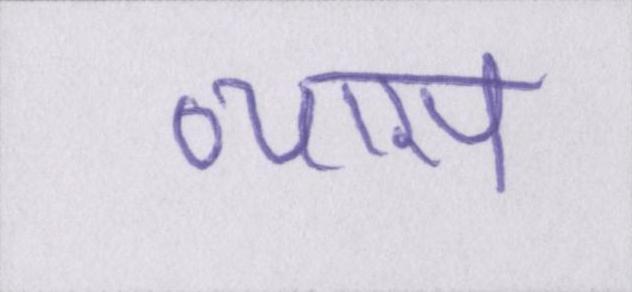
व्यास